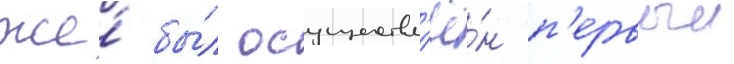
же́ бы́л осуществл'ё́н п'ервыи